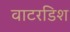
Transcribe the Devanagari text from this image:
वाटरडिश